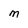
Character: M